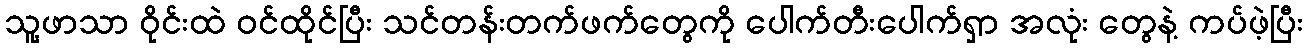
သူ့ဖာသာ ဝိုင်းထဲ ဝင်ထိုင်ပြီး သင်တန်းတက်ဖက်တွေကို ပေါက်တီးပေါက်ရှာ အလုံး တွေနဲ့ ကပ်ဖဲ့ပြီး